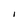
Character: I